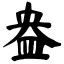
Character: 盎